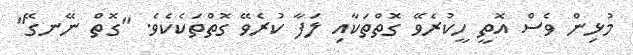
މުޅިން ވެސް އޮތީ ހީކުރެވޭ ގޮތްތަކާއި ލަފާ ކުރެވޭ ގޮތްތަކެކެވެ. "ގޮތް ނޭނގޭ"